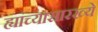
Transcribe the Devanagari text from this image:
ह्यांच्यासारख्ये